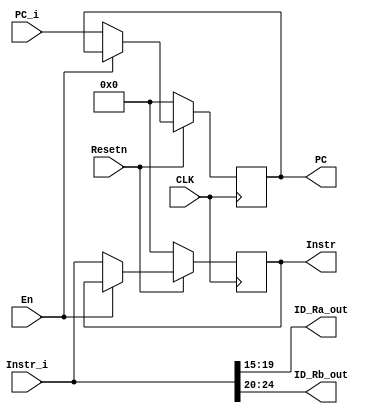
module IF_ID_register(
    input CLK,
    input [31:0] PC_i,
    input [31:0] Instr_i,
    input Resetn,
    input En,


    output reg [31:0] PC,
    output reg [31:0] Instr,
    output wire [4:0] ID_Ra_out,
    output wire [4:0] ID_Rb_out


);

always @(negedge CLK ) begin
    if(~Resetn) begin
        PC <= 32'b0;
        Instr <= 32'b0;
        
    end
        
    else  begin
        if(En) begin
            PC <= PC;
            Instr <= Instr; 
        end
        else begin
            PC <= PC_i;
            Instr <= Instr_i;    
        end
        
    end
        
end



assign ID_Ra_out = Instr_i[19:15];
assign ID_Rb_out = Instr_i[24:20];

endmodule